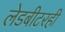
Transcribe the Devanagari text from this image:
लेडबीटरही